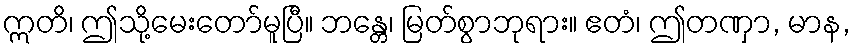
ဣတိ၊ ဤသို့မေးတော်မူပြီ။ ဘန္တေ၊ မြတ်စွာဘုရား။ ဧတံ၊ ဤတဏှာ, မာန,